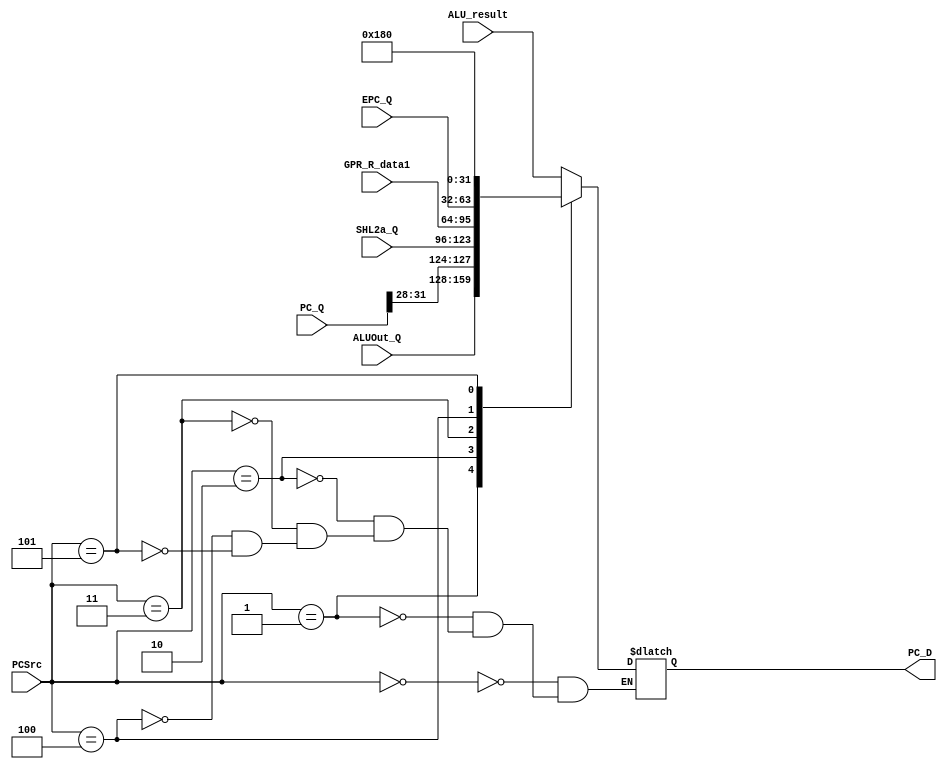
`timescale 1ns / 1ps

module mux8(
  input [2:0] PCSrc,
  input [31:0] ALU_result,
  input [31:0] ALUOut_Q,
  input [27:0] SHL2a_Q,
  input [31:0] PC_Q,
  input [31:0] GPR_R_data1,
  input [31:0] EPC_Q,
  output reg [31:0] PC_D
    );
  reg [31:0] tempPC;
  always@*
  begin
  tempPC[31:28]<=PC_Q[31:28];
  tempPC[27:0]<=SHL2a_Q;
  case(PCSrc)
  3'b000:PC_D=ALU_result;
  3'b001:PC_D=ALUOut_Q;
  3'b010:PC_D=tempPC;
  3'b011:PC_D=GPR_R_data1;
  3'b100:PC_D=EPC_Q;
  3'b101:PC_D=32'h00000180;
  endcase
  end
endmodule